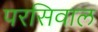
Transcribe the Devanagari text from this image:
परसिवाल